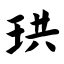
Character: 珙